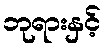
ဘုရားနှင့်